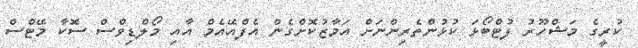
ކުރީގެ މަޝްހޫރު ފުޓްބޯޅަ ކުޅުންތެރިންނަށް އަމާޒުކޮށްގެން އެފްއޭއެމް އާއި މޯލްޑިވްސް ސޮކާ މޭޓްސް